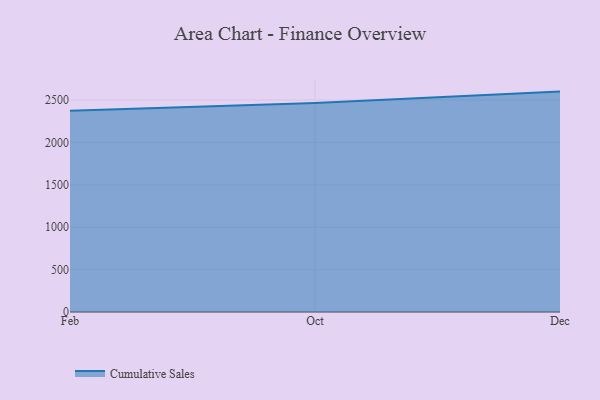
{"axis": {"x": "Month", "y": "Gross Profit (USD K)"}, "legend": ["Cumulative Sales"], "data": [{"x": "Feb", "y": 2373.0, "type": "Cumulative Sales"}, {"x": "Oct", "y": 2464.0, "type": "Cumulative Sales"}, {"x": "Dec", "y": 2599.4, "type": "Cumulative Sales"}]}